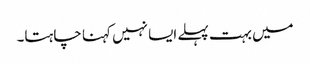
میں بہت پہلے ایسا نہیں کہنا چاہتا۔